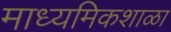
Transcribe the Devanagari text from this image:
माध्यमिकशाळा